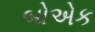
બોએક